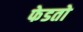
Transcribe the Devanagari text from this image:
फेडतो